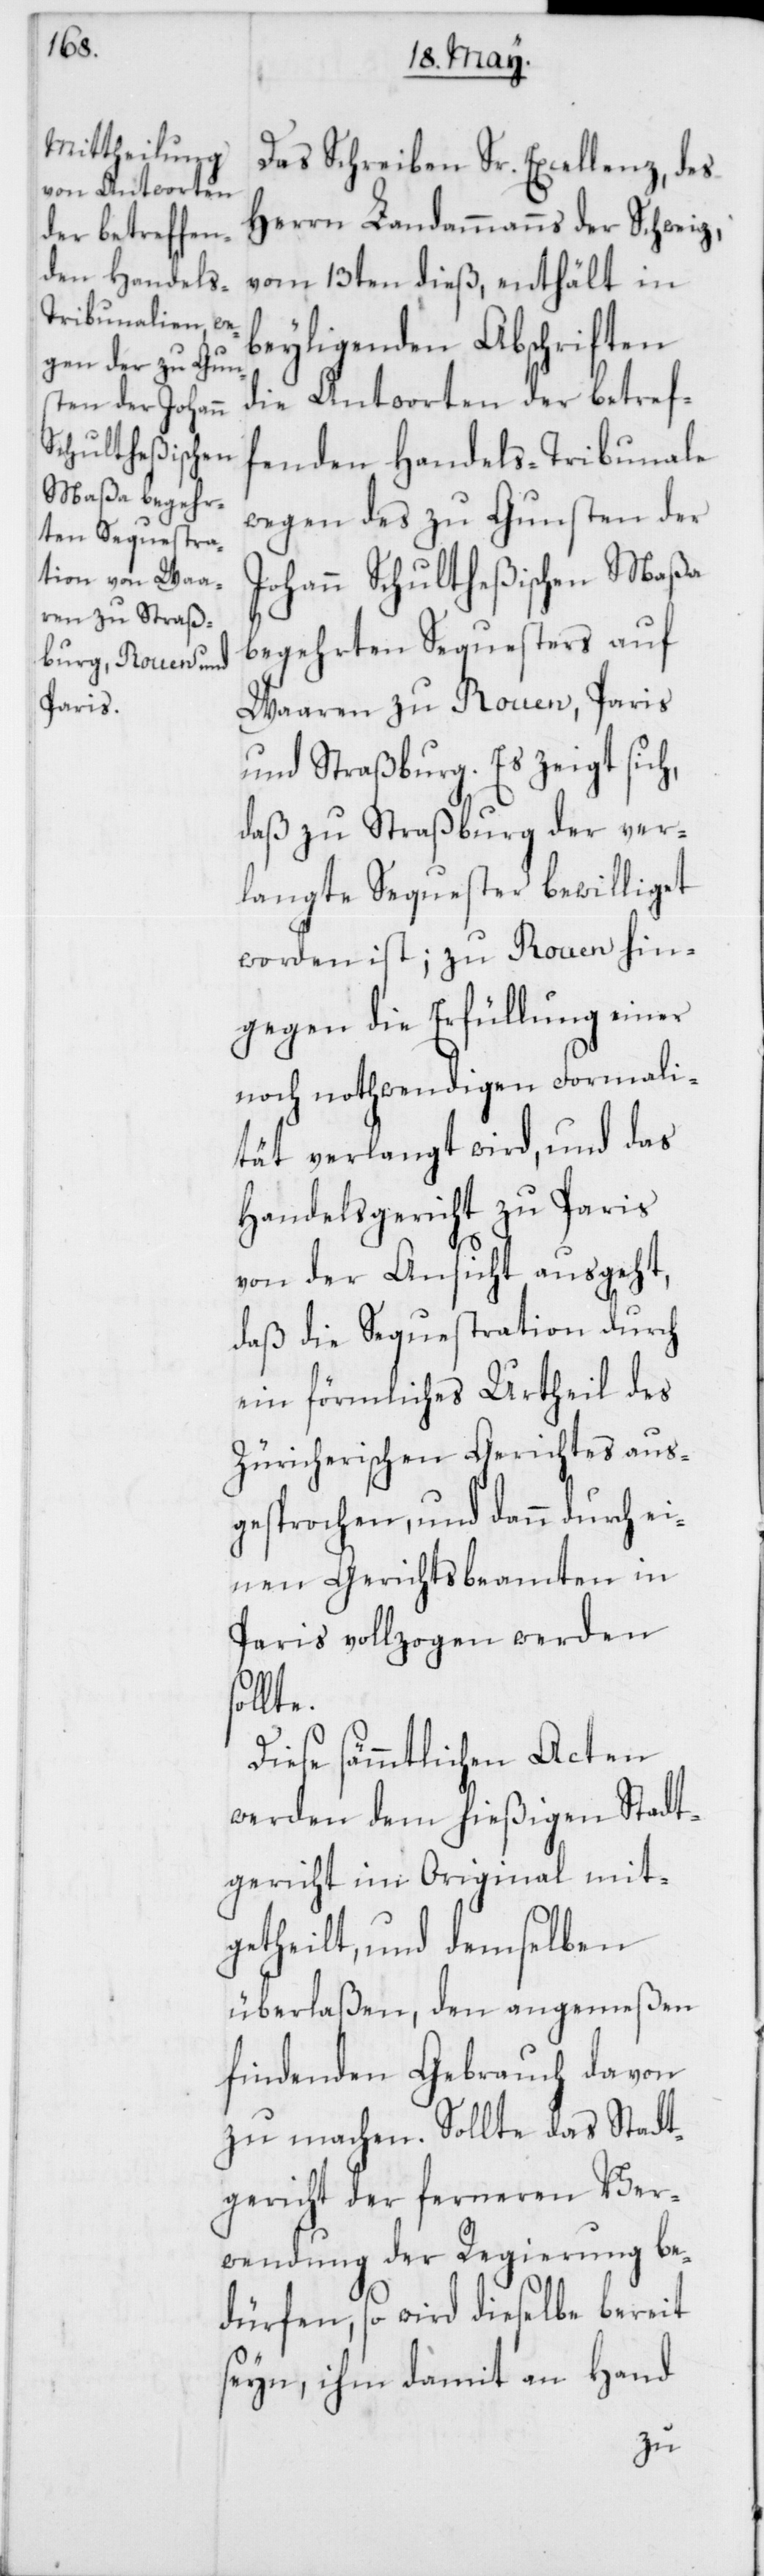
Das Schreiben Sr. Excellenz, des
Herrn Landammanns der Schweiz,
vom 13ten dieß, enthält in
beyligenden Abschriften
die Antworten der betref¬
fenden Handels-Tribunale
wegen des zu Gunsten der
Johann Schultheßischen Maßa
begehrten Sequesters auf
Waaren zu Rouen, Paris
und Straßburg. Es zeigt sich,
daß zu Straßburg der ver¬
langte Sequester bewilliget
worden ist; zu Rouen hin¬
gegen die Erfüllung einer
noch nothwendigen Formali¬
tät verlangt wird, und das
Handelsgericht zu Paris
von der Ansicht ausgeht,
daß die Sequestration durch
ein förmliches Urtheil des
Züricherischen Gerichtes aus¬
gesprochen, und dann durch ei¬
nen Gerichtsbeamten in
Paris vollzogen werden
Diese sämmtlichen Acten
werden dem hießigen Stadt¬
gericht im Original mit¬
getheilt, und demselben
überlaßen, den angemeßen
findenden Gebrauch davon
zu machen. Sollte das Stadt¬
gericht der ferneren Ver¬
wendung der Regierung be¬
dürfen, so wird dieselbe bereit
seyn, ihm damit an Hand